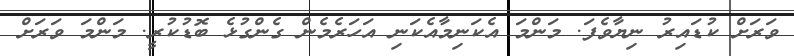
ވަރަށް ކުޑައިރު ނިޔާވެފަ. މަންމަ އެކަނިމާއެކަނި އަހަރެމެން ގެންގުޅެ ބޮޑުކުރީ. މަންމަ ވަރަށް